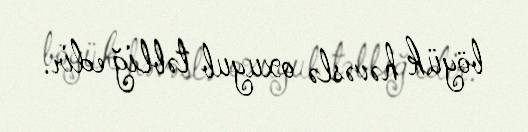
böyük həvəslə oxuyub təbliğ edir.